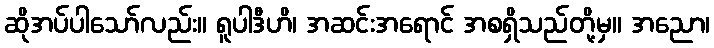
ဆိုအပ်ပါသော်လည်း။ ရူပါဒီဟိ၊ အဆင်းအရောင် အစရှိသည်တို့မှ။ အညော၊